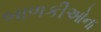
બાળકીઓના